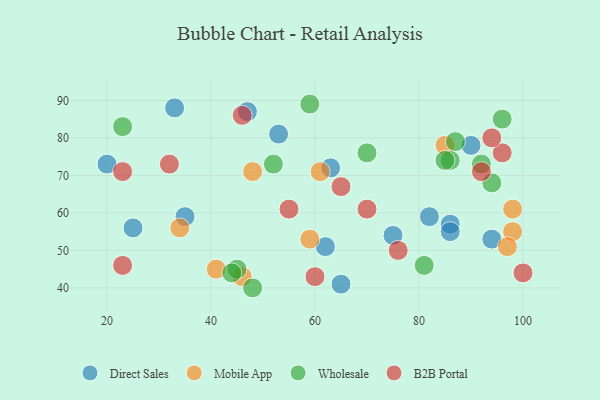
{"axis": {"x": "GDP", "y": "Life Expectancy"}, "legend": ["B2B Portal", "Direct Sales", "Mobile App", "Wholesale"], "data": [{"x": "65", "y": 41, "type": "Direct Sales"}, {"x": "94", "y": 53, "type": "Direct Sales"}, {"x": "25", "y": 56, "type": "Direct Sales"}, {"x": "35", "y": 59, "type": "Direct Sales"}, {"x": "62", "y": 51, "type": "Direct Sales"}, {"x": "82", "y": 59, "type": "Direct Sales"}, {"x": "86", "y": 57, "type": "Direct Sales"}, {"x": "90", "y": 78, "type": "Direct Sales"}, {"x": "75", "y": 54, "type": "Direct Sales"}, {"x": "63", "y": 72, "type": "Direct Sales"}, {"x": "53", "y": 81, "type": "Direct Sales"}, {"x": "20", "y": 73, "type": "Direct Sales"}, {"x": "33", "y": 88, "type": "Direct Sales"}, {"x": "47", "y": 87, "type": "Direct Sales"}, {"x": "86", "y": 55, "type": "Direct Sales"}, {"x": "98", "y": 55, "type": "Mobile App"}, {"x": "34", "y": 56, "type": "Mobile App"}, {"x": "85", "y": 78, "type": "Mobile App"}, {"x": "98", "y": 61, "type": "Mobile App"}, {"x": "41", "y": 45, "type": "Mobile App"}, {"x": "97", "y": 51, "type": "Mobile App"}, {"x": "61", "y": 71, "type": "Mobile App"}, {"x": "48", "y": 71, "type": "Mobile App"}, {"x": "59", "y": 53, "type": "Mobile App"}, {"x": "46", "y": 43, "type": "Mobile App"}, {"x": "59", "y": 89, "type": "Wholesale"}, {"x": "52", "y": 73, "type": "Wholesale"}, {"x": "48", "y": 40, "type": "Wholesale"}, {"x": "96", "y": 85, "type": "Wholesale"}, {"x": "81", "y": 46, "type": "Wholesale"}, {"x": "87", "y": 79, "type": "Wholesale"}, {"x": "23", "y": 83, "type": "Wholesale"}, {"x": "94", "y": 68, "type": "Wholesale"}, {"x": "70", "y": 76, "type": "Wholesale"}, {"x": "86", "y": 74, "type": "Wholesale"}, {"x": "45", "y": 45, "type": "Wholesale"}, {"x": "44", "y": 44, "type": "Wholesale"}, {"x": "85", "y": 74, "type": "Wholesale"}, {"x": "92", "y": 73, "type": "Wholesale"}, {"x": "23", "y": 71, "type": "B2B Portal"}, {"x": "76", "y": 50, "type": "B2B Portal"}, {"x": "46", "y": 86, "type": "B2B Portal"}, {"x": "92", "y": 71, "type": "B2B Portal"}, {"x": "23", "y": 46, "type": "B2B Portal"}, {"x": "100", "y": 44, "type": "B2B Portal"}, {"x": "32", "y": 73, "type": "B2B Portal"}, {"x": "65", "y": 67, "type": "B2B Portal"}, {"x": "55", "y": 61, "type": "B2B Portal"}, {"x": "60", "y": 43, "type": "B2B Portal"}, {"x": "70", "y": 61, "type": "B2B Portal"}, {"x": "96", "y": 76, "type": "B2B Portal"}, {"x": "94", "y": 80, "type": "B2B Portal"}]}